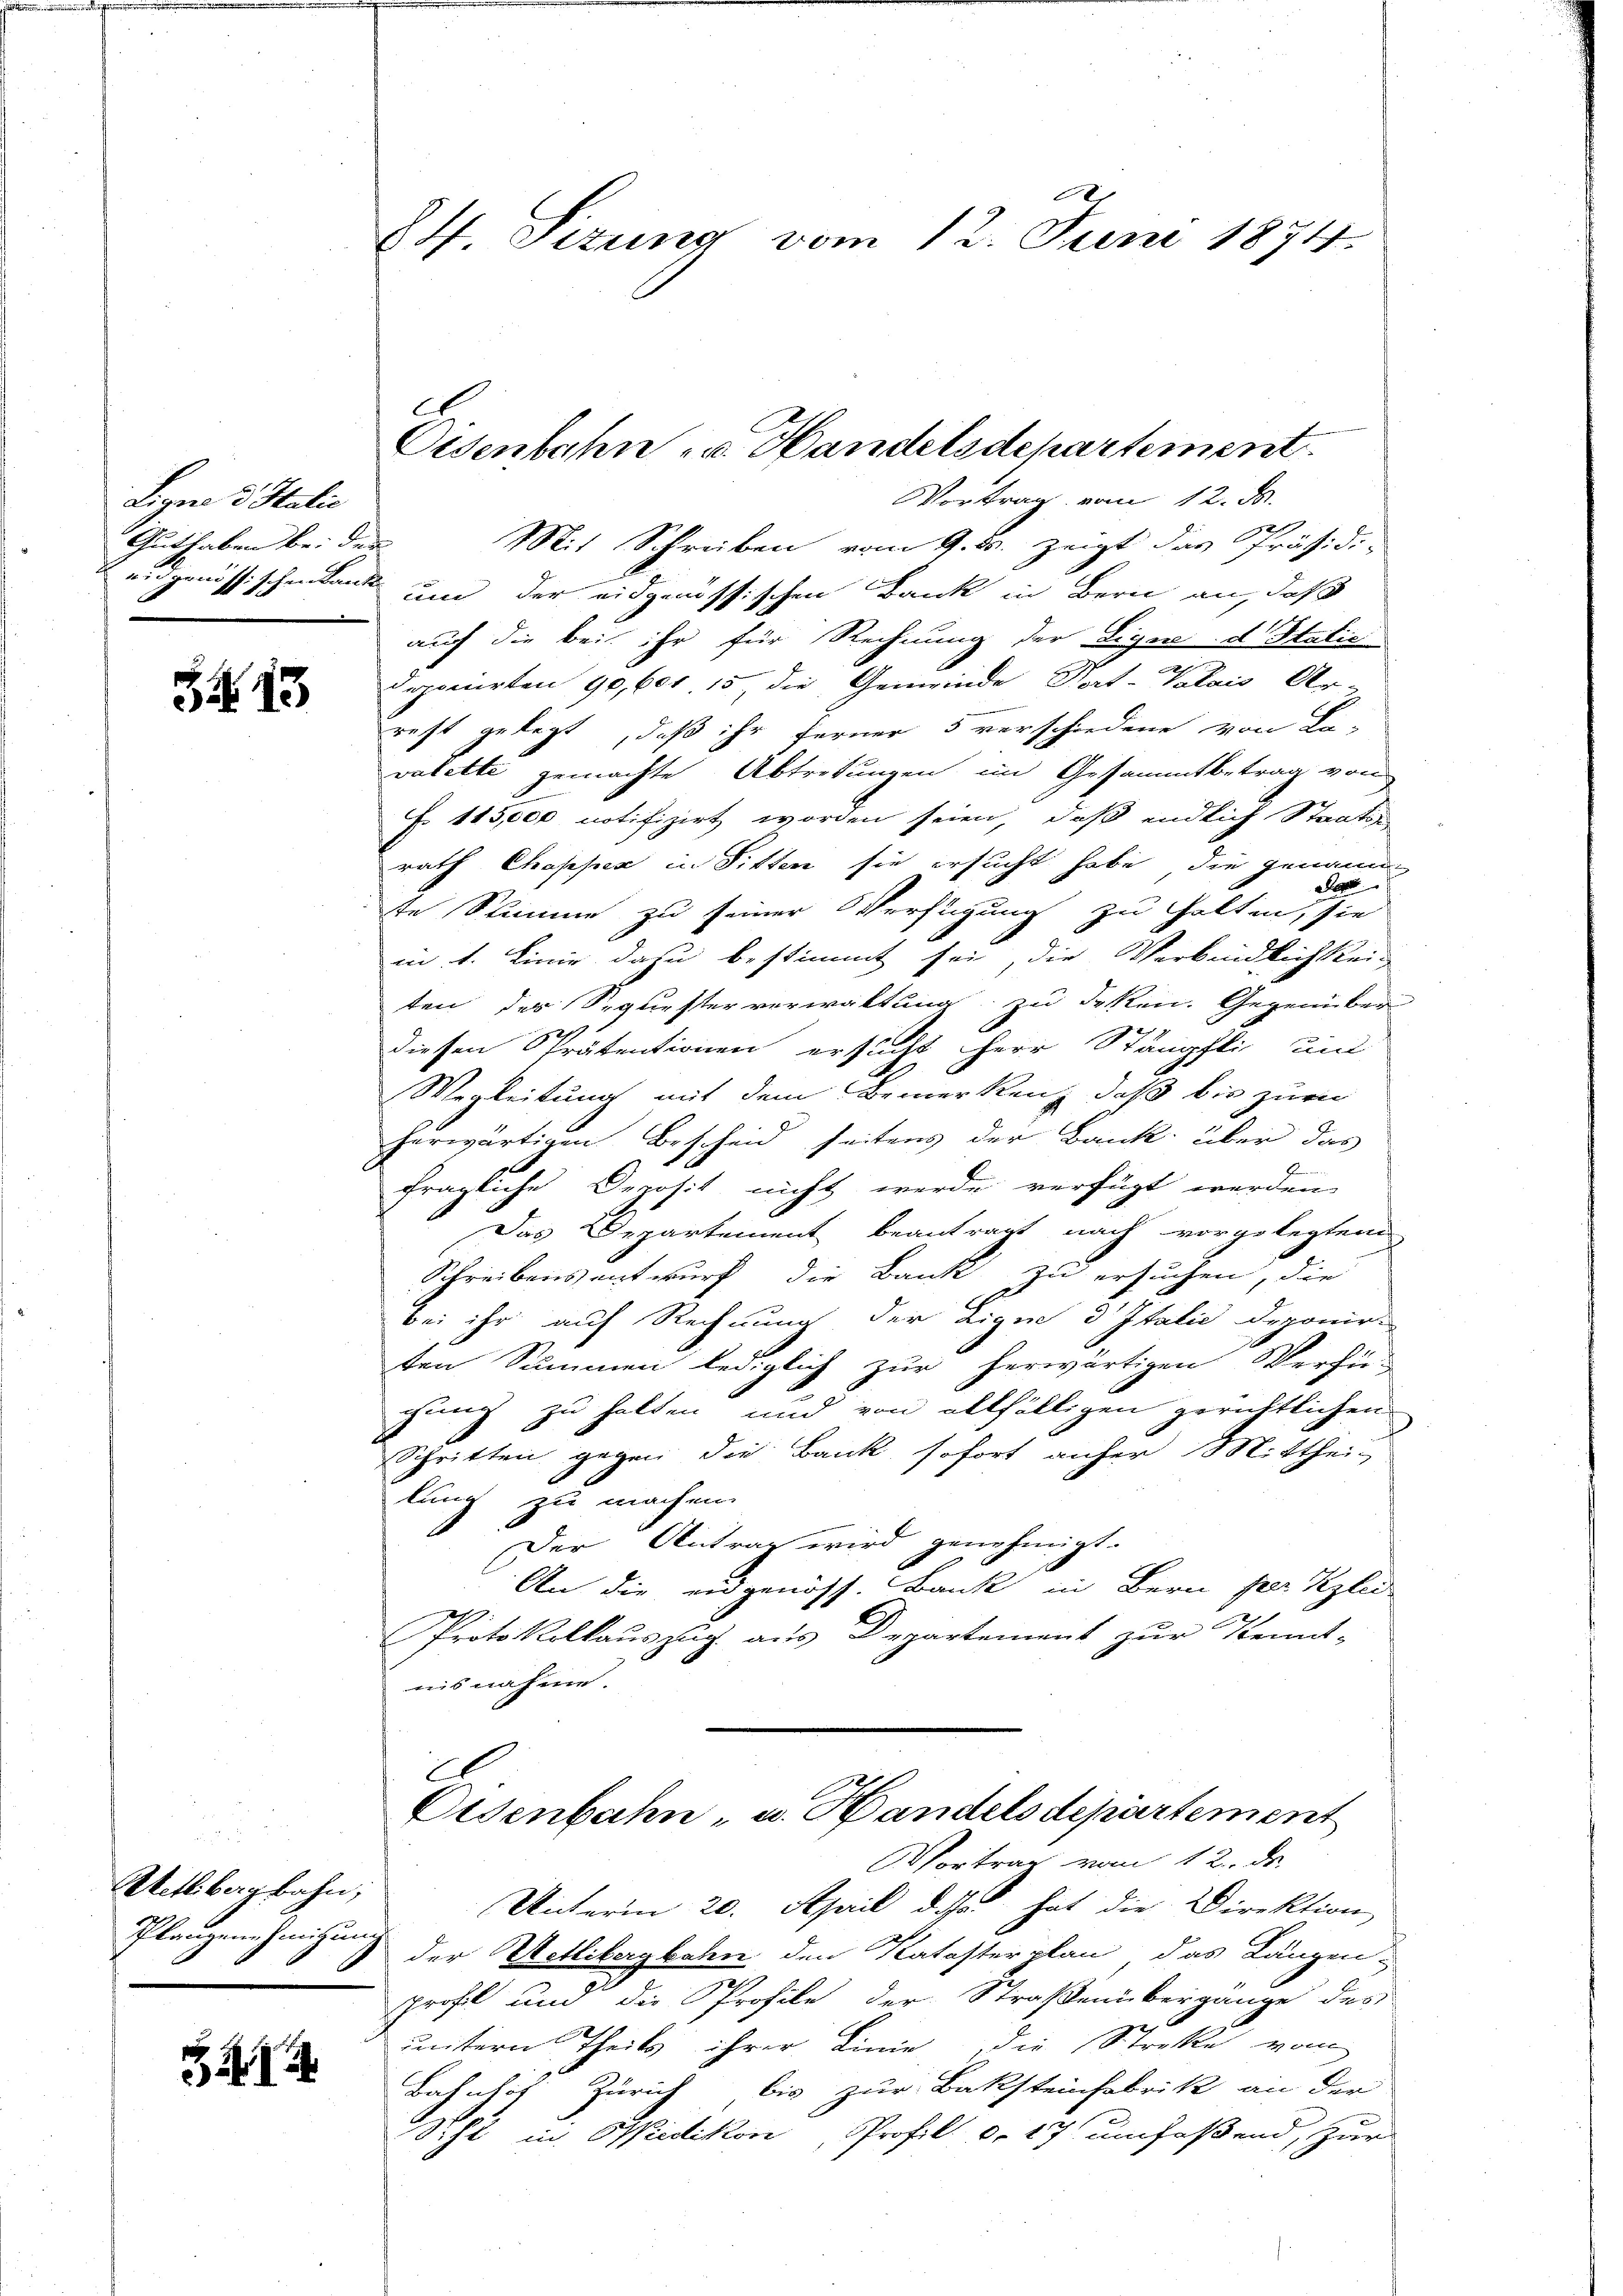
Ligen 3 Stalie
Guthaben bei der

3413

Aettbagbahn,
Schlaugenehmigung

34

Pf. Sizung vom 12. Juni 1874.

Vortrag vom 12. d.
Mit Schreiben vom 9. ds. zeigt das Präsidi-
eidgenössischen Land um der eidgenössischen Bank in Bern an, daß
auch die bei ihr für Rechnung der Eigen d Statie
Deponirten 90, 601 15 die Gemeinde Pat-Valais Ar-
rest gelegt, daß ihr Ferner 5 verschiedene von Be-
valette gemachte Abtretungen im Gesammtbetrag von
Fo 115,000 notifizirt worden seien, daß endlich Staatsa
rath Chopper in Sitten sie ersucht habe, die genann
te Stimme zu seiner Verftigung zu halten, sie hie
in 1. Linie dazu bestimmt sei, die Verbindlichkei-
ten des Sequesterverwaltung zu deken. Gegenüber
diesen Prätentionen ersucht Herr Stämpfli und
Wegleitung mit dem Bemerken, daß bis zur
herwärtigen Bescheid seitens der Bank über das
fragliche Deposit nicht werde verfügt werden
Das Departement beantragt nach vorgelegtem
Schreibens entwurf die Bank zu ersuchen, die
bei ihr auf Rechnung der Lique d Italić deponir
ten Summen lediglich zur herwärtigen Verfü-
gung zu halten und von allfälligen gerichtlichen
Schritten gegen die Bank sofort anher Mitthei-
lung zu machen.
Der Antrag wird genehmigt.
An die eidgenöss. Bank in Bern per Klei
Protokollauszug aus Departement zur Kennt-
nis nahme.
.
Osenbahn, u. Handelsdepartement
Vortrag vom 12. de
Unterm 20. April das hat die Direktion,
der Wetlibergbahn den Katasterplan das Längen-
profil und die Profile der Straßenübergänge des
untern Theils ihrer Linie die Streke vom
Bahnhof Zürich bis zur Baksteinfabrik an der
Seht in Wiedikon, Profil d. 17 umfaßend, zur

Oisenbahn u. Handelsdepartement